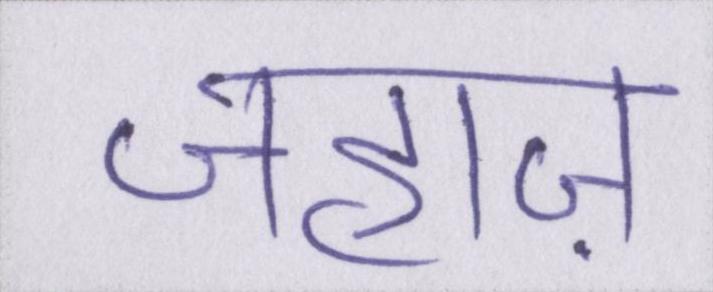
जहाज़